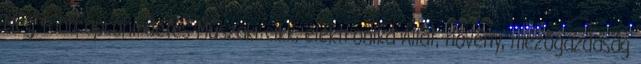
Még több apróhirdetés Műszaki cikk, elektronika Állat, növény, mezőgazdaság